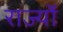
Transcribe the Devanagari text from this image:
राज्योंं